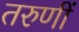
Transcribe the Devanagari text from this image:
तरुणीं